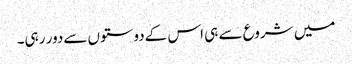
میں شروع سے ہی اس کےدوستوں سےدور رہی۔